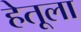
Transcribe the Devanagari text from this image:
हेतूला